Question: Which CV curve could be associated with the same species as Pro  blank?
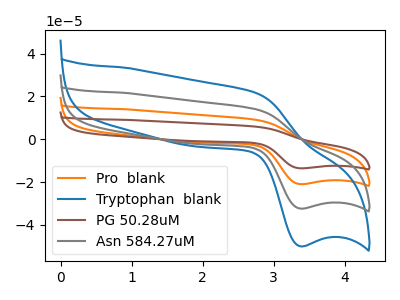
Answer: <think>The orange curve "Pro  blank" has an anodic peak at (2.75V, 28.05uA) and a cathodic peak at (3.35V, -64.75uA). The blue curve "Tryptophan  blank" has an anodic peak at (2.75V, 21.65uA) and a cathodic peak at (3.35V, -50.00uA). The brown curve "PG 50.28uM" has an anodic peak at (2.75V, 42.05uA) and a cathodic peak at (3.35V, -97.10uA). The gray curve "Asn 584.27uM" has an anodic peak at (2.75V, 14.00uA) and a cathodic peak at (3.35V, -32.35uA).
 All the peaks in "Pro  blank" have a peak in "Tryptophan  blank" at the same potential. Every peak in "Pro  blank" is higher than every peak in "Tryptophan  blank". All the peaks in "Pro  blank" have a peak in "PG 50.28uM" at the same potential. Every peak in "Pro  blank" is lower than every peak in "PG 50.28uM". All the peaks in "Pro  blank" have a peak in "Asn 584.27uM" at the same potential. Every peak in "Pro  blank" is higher than every peak in "Asn 584.27uM". All the peaks in "Tryptophan  blank" have a peak in "PG 50.28uM" at the same potential. Every peak in "Tryptophan  blank" is lower than every peak in "PG 50.28uM". All the peaks in "Tryptophan  blank" have a peak in "Asn 584.27uM" at the same potential. Every peak in "Tryptophan  blank" is higher than every peak in "Asn 584.27uM". All the peaks in "PG 50.28uM" have a peak in "Asn 584.27uM" at the same potential. Every peak in "PG 50.28uM" is higher than every peak in "Asn 584.27uM".</think>
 <answer>"Pro  blank", "PG 50.28uM" and "Asn 584.27uM" have a similar shape to "Tryptophan  blank".</answer>
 <eval>"Pro  blank" "PG 50.28uM" "Asn 584.27uM"</eval>